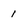
Character: 1